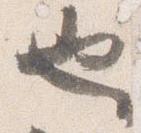
也